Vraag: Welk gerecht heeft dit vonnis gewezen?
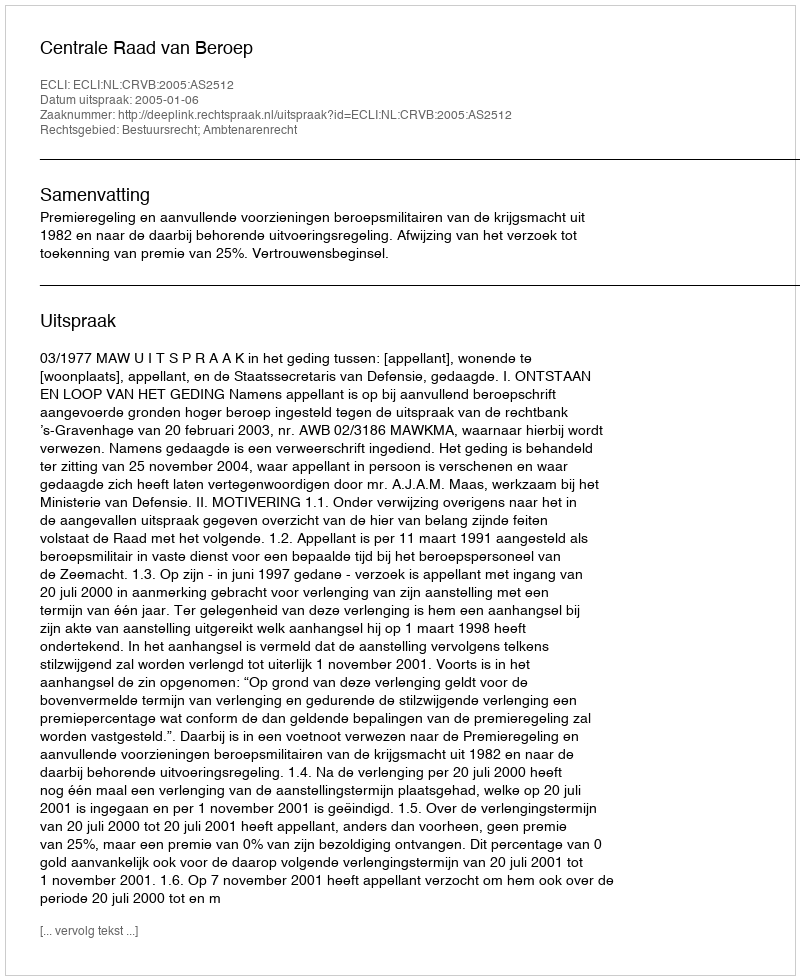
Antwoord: Centrale Raad van Beroep